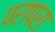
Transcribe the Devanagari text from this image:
परापरा